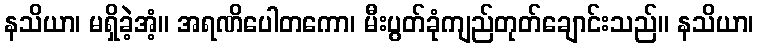
နသိယာ၊ မရှိခဲ့အံ့။ အရဏိပေါတကော၊ မီးပွတ်ခုံကျည်တုတ်ချောင်းသည်။ နသိယာ၊